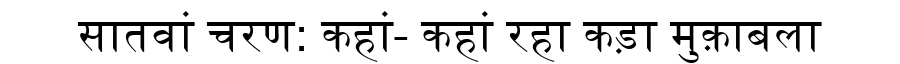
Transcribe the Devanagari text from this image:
सातवां चरण: कहां- कहां रहा कड़ा मुक़ाबला